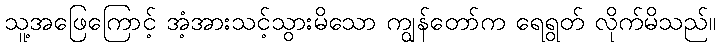
သူ့အဖြေကြောင့် အံ့အားသင့်သွားမိသော ကျွန်တော်က ရေရွတ် လိုက်မိသည်။